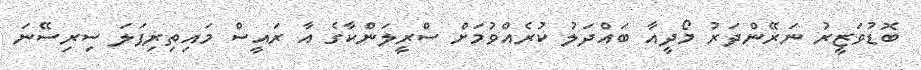
ބޮޑުވަޒީރު ނަރޭންދަރު މޯދީއާ ބައްދަލު ކުރެއްވުމަށް ސްރީލަންކާގެ އާ ރައީސް މައިތިރިޕަލަ ސިރިސޭނަ